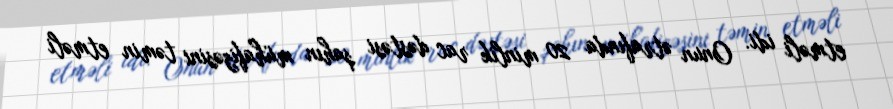
etməli idi. Onun ətrafında 20 minlik rac dəstəsi şahın mühafizəsini təmin etməli